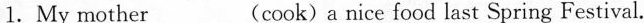
1.My mother___(cook)a nice food last Spring Festival.